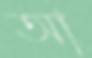
আ